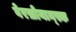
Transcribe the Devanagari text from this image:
वेरख़ोयान्स्क